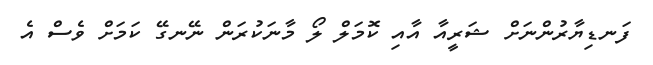
ފަނޑިޔާރުންނަށް ޝަރީއާ އާއި ކޮމަލް ލޯ މާނަކުރަން ނޭނގޭ ކަމަށް ވެސް އެ